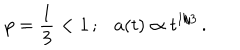
p = \frac { 1 } { 3 } < 1 \, ; a ( t ) \propto t ^ { 1 / 3 } \, .